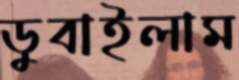
ডুবাইলাম